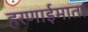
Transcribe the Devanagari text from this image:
हरणाईमाता